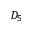
D _ { 5 }